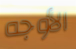
الأوجه